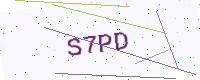
Text: S7PD